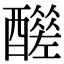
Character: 𨣣